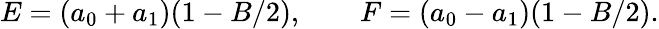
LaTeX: E=(a_{0}+a_{1})(1-B/2),\qquad F=(a_{0}-a_{1})(1-B/2).